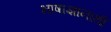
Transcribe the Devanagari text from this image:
भाषाज्ञानार्थी